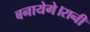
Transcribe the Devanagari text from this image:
बनायेगे।रानी